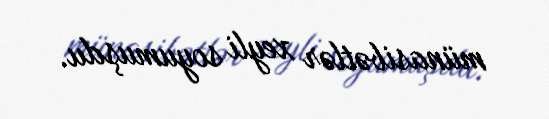
münasibətlər xeyli soyumuşdu.